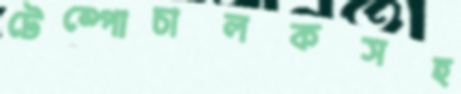
টেম্পোচালকসহ